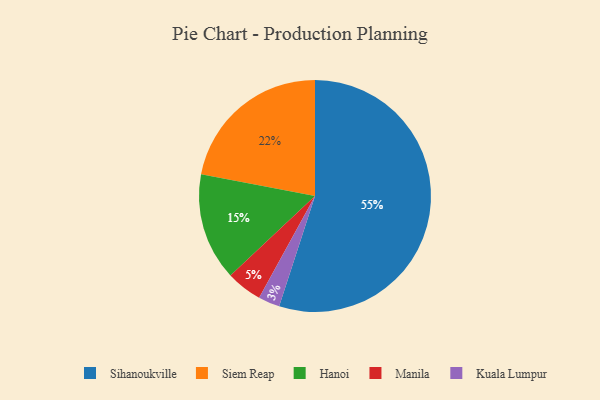
{"axis": {"x": "Category", "y": "Percentage"}, "legend": ["Hanoi", "Kuala Lumpur", "Manila", "Siem Reap", "Sihanoukville"], "data": [{"x": "Hanoi", "y": 15, "type": "Hanoi"}, {"x": "Manila", "y": 5, "type": "Manila"}, {"x": "Kuala Lumpur", "y": 3, "type": "Kuala Lumpur"}, {"x": "Siem Reap", "y": 22, "type": "Siem Reap"}, {"x": "Sihanoukville", "y": 55, "type": "Sihanoukville"}]}